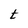
Character: t